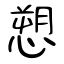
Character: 愬